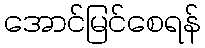
အောင်မြင်စေရန်